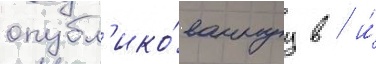
опубл'ико́ваннуу в / и́